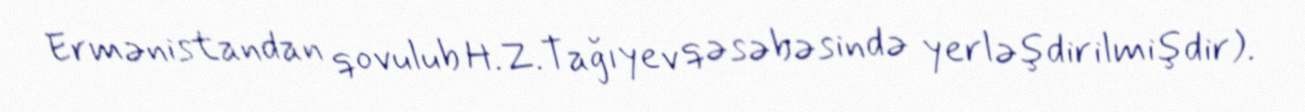
Ermənistandan qovulub H.Z.Tağıyev qəsəbəsində yerləşdirilmişdir).